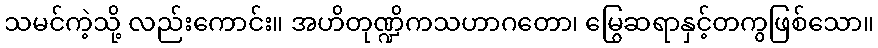
သမင်ကဲ့သို့ လည်းကောင်း။ အဟိတုဏ္ဍိကသဟာဂတော၊ မြွေဆရာနှင့်တကွဖြစ်သော။